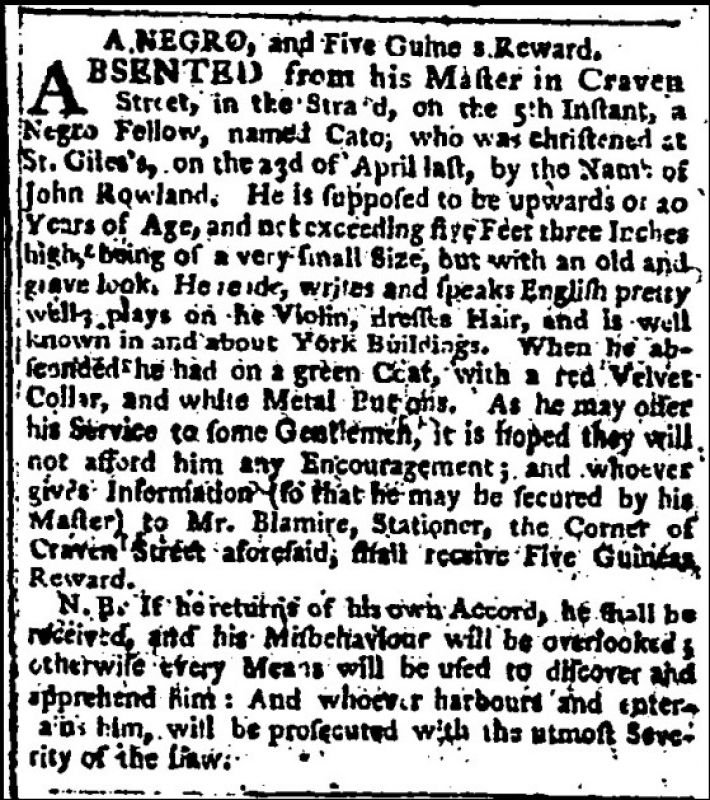
Public Advertiser, 26 June 1771 (England)
     A NEGRO, and Five Guineas Reward.ABSENTED from his Master in Craven Street, in the Strand, on the 5th Instant, a Negro Fellow, named Cato, who was christened at St Giles's, on the 23d of April last, by the name of John Rowland. He is supposed to be upwards of 20 Years of Age, and not exceeding five Feet three Inches high, being of a very small Size, but with an old and grave look. He reads, writes and speaks English pretty well, plays on the violin, dresses Hair, and is well known in and about York Buildings. When he absconded he had on a green Coat, with a red Velvet Collar, and white Metal Buttons. As he may offer his Service to some Gentlemen, it is hoped they will not afford him any Encouragement; and whoever gives Information (so that he may be secured by his Master) to Mr. Blamire, Stationer, the Corner of Craven Street aforesaid, shall receive Five Guineas Reward.  N.B. If he returns of his own Accord, he shall be received, and his Misbehaviour will be overlooked; otherwise every Means will be used to discover and apprehend him: And whoever harbours and entertains him, will be prosecuted with the utmost Severity of the Law.